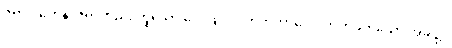
ဇရာဝါတေန၊ ဇရာတည်း ဟူသော လေဖြင့်။ ပဟတကာလေ၊ တိုက်ခတ်သော အခါ၌။